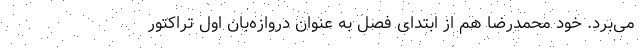
می‌برد. خود محمدرضا هم از ابتدای فصل به عنوان دروازه‌بان اول تراکتور